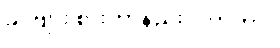
ခင်ဗျား စားတာနည်းလိုက်တာ။